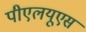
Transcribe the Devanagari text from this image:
पीएलयूएस